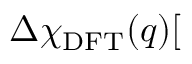
\Delta \chi _ { \mathrm { D F T } } ( q ) [ \